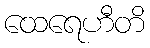
ထေရေဟီတိ